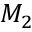
M _ { 2 }